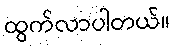
ထွက်လာပါတယ်။